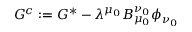
G ^ { c } : = G ^ { * } - \lambda ^ { \mu _ { 0 } } B _ { \mu _ { 0 } } ^ { \nu _ { 0 } } \phi _ { \nu _ { 0 } }